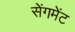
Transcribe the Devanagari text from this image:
सेंगमेंट